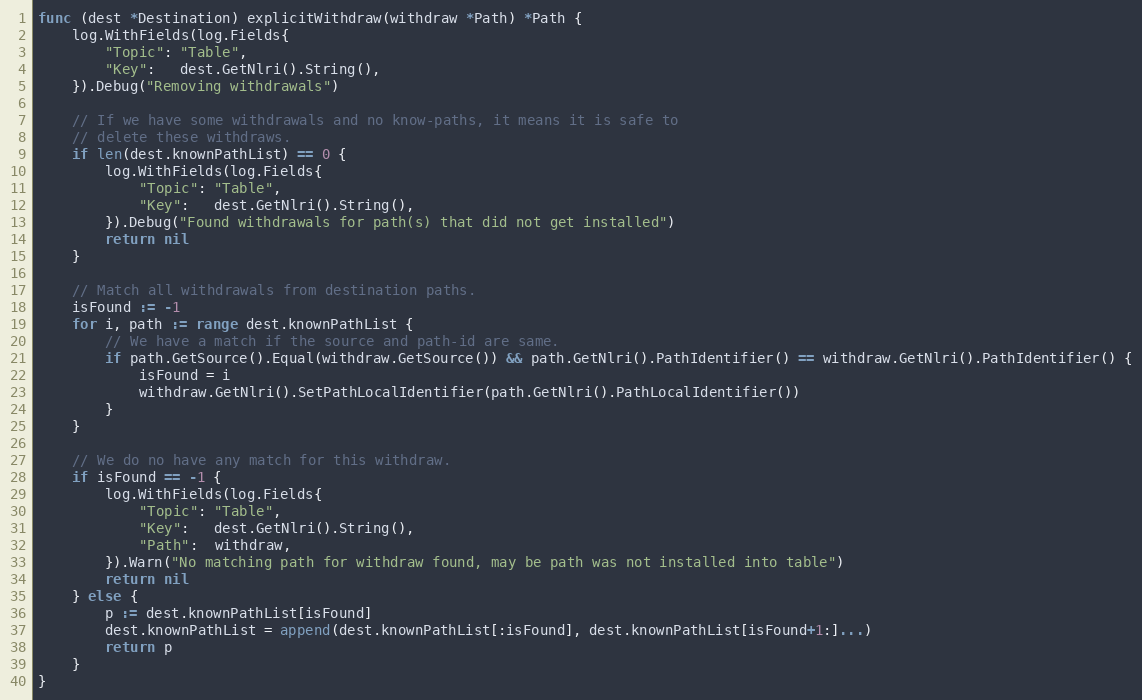
Language: Go
func (dest *Destination) explicitWithdraw(withdraw *Path) *Path {
	log.WithFields(log.Fields{
		"Topic": "Table",
		"Key":   dest.GetNlri().String(),
	}).Debug("Removing withdrawals")

	// If we have some withdrawals and no know-paths, it means it is safe to
	// delete these withdraws.
	if len(dest.knownPathList) == 0 {
		log.WithFields(log.Fields{
			"Topic": "Table",
			"Key":   dest.GetNlri().String(),
		}).Debug("Found withdrawals for path(s) that did not get installed")
		return nil
	}

	// Match all withdrawals from destination paths.
	isFound := -1
	for i, path := range dest.knownPathList {
		// We have a match if the source and path-id are same.
		if path.GetSource().Equal(withdraw.GetSource()) && path.GetNlri().PathIdentifier() == withdraw.GetNlri().PathIdentifier() {
			isFound = i
			withdraw.GetNlri().SetPathLocalIdentifier(path.GetNlri().PathLocalIdentifier())
		}
	}

	// We do no have any match for this withdraw.
	if isFound == -1 {
		log.WithFields(log.Fields{
			"Topic": "Table",
			"Key":   dest.GetNlri().String(),
			"Path":  withdraw,
		}).Warn("No matching path for withdraw found, may be path was not installed into table")
		return nil
	} else {
		p := dest.knownPathList[isFound]
		dest.knownPathList = append(dest.knownPathList[:isFound], dest.knownPathList[isFound+1:]...)
		return p
	}
}